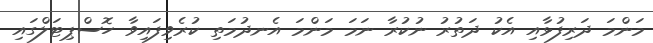
މަންމަ ދަރިފުޅާއި އެކު ދަތުރު ނުކުރާ ނަމަ މަންމަ އެނދުމަތި ކުރެވިފައިވާ ހޮސްޕިޓަލްގައި